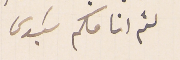
لثم انامكم سَيدى